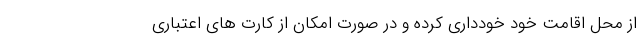
از محل اقامت خود خودداری کرده و در صورت امکان از کارت های اعتباری